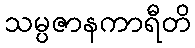
သမ္ပဇာနကာရီတိ